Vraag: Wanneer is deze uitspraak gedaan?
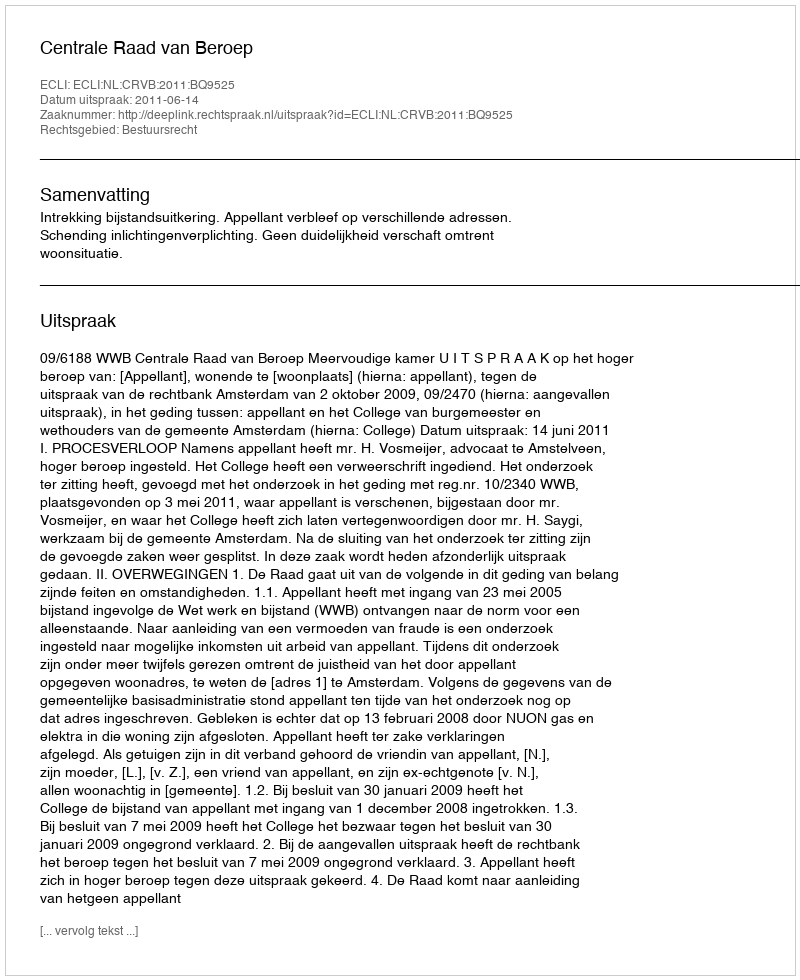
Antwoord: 2011-06-14